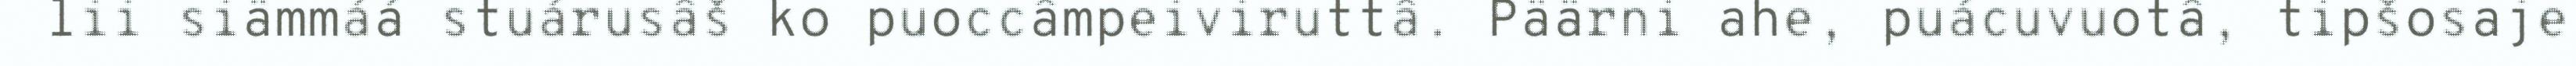
lii siämmáá stuárusâš ko puoccâmpeiviruttâ. Päärni ahe, puácuvuotâ, tipšosaje